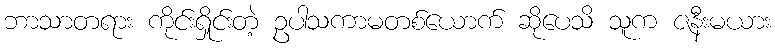
ဘာသာတရား ကိုင်းရှိုင်းတဲ့ ဥပါသကာမတစ်ယောက် ဆိုပေသိ သူက ဇနီးမယား